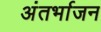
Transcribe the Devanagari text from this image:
अंतर्भाजन